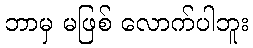
ဘာမှ မဖြစ် လောက်ပါဘူး